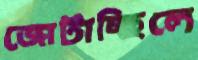
জোটাচ্ছিলে